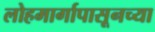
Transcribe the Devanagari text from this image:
लोहमार्गापासूनच्या